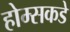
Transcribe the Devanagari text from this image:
होम्सकडे